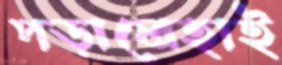
পড়ালেহাই